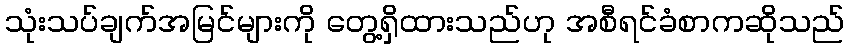
သုံးသပ်ချက်အမြင်များကို တွေ့ရှိထားသည်ဟု အစီရင်ခံစာကဆိုသည်